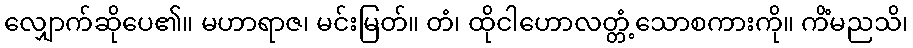
လျှောက်ဆိုပေ၏။ မဟာရာဇ၊ မင်းမြတ်။ တံ၊ ထိုငါဟောလတ္တံ့သောစကားကို။ ကိံမညသိ၊